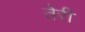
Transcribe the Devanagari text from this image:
तेेरी